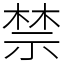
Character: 禁